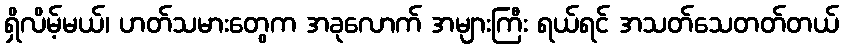
ရှိလိမ့်မယ်၊ ဟတ်သမားတွေက အခုလောက် အများကြီး ရယ်ရင် အသတ်သေတတ်တယ်